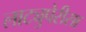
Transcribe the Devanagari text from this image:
लाट्युपेरीसा